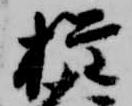
権